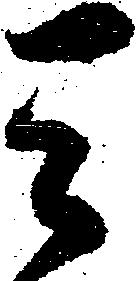
天